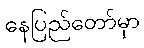
နေပြည်တော်မှာ